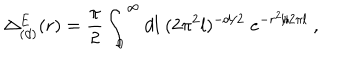
LaTeX: \Delta _ { ( d ) } ^ { E } ( r ) = { \frac { \pi } { 2 } } \int _ { 0 } ^ { \infty } d l \; ( 2 \pi ^ { 2 } l ) ^ { - d / 2 } \; e ^ { - r ^ { 2 } / 2 \pi l } \ ,